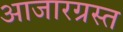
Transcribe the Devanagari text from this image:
आजारग्रस्त